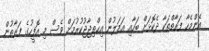
އެންމެހާ ފަރާތްތަކާ ދެކޮޅަށް ބަހާއި ޢަމަލުން އިޙްތިޖާޖުކުރުމަށް ވެސް މި އޮފީހުގެ ފަރާތުން